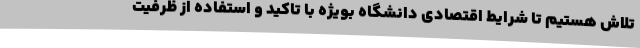
تلاش هستیم تا شرایط اقتصادی دانشگاه بویژه با تاکید و استفاده از ظرفیت